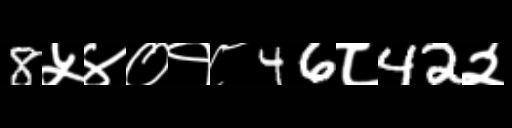
Text: 8५४०१८46८42२